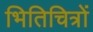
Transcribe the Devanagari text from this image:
भितिचित्रों